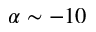
\alpha \sim - 1 0